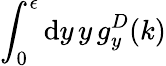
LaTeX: {\int_{0}^{\epsilon}\mathrm{d}y\, y\, g_{y}^{D}(k)}